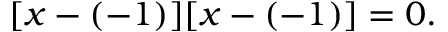
[ x - ( - 1 ) ] [ x - ( - 1 ) ] = 0 .